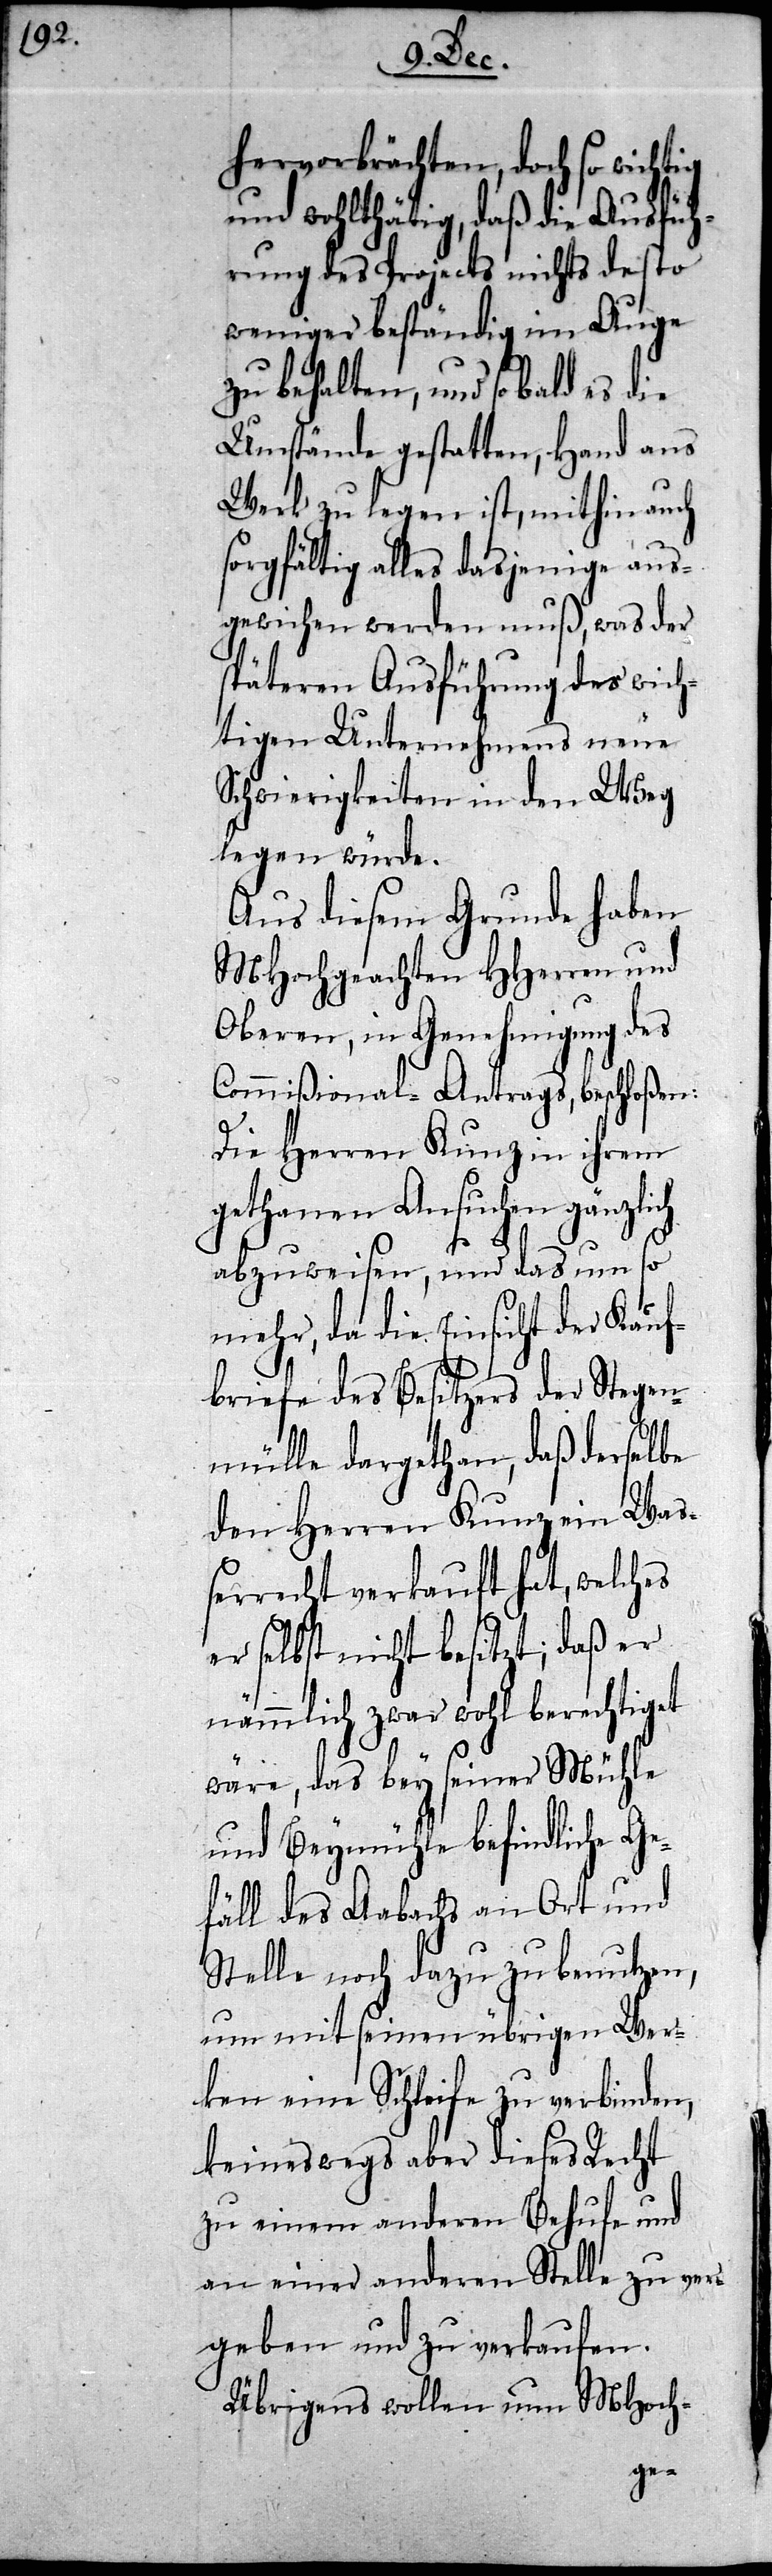
hervorbrächten, doch so wichtig
und wohlthätig, daß die Ausfüh¬
rung des Projects nichts desto
weniger beständig im Auge
zu behalten, und so bald es die
Umstände gestatten, Hand ans
Werk zu legen ist, mithin auch
sorgfältig alles dasjenige aus¬
gewichen werden muß, was der
späteren Ausführung des wich¬
tigen Unternehmens neue
Schwierigkeiten in den Weg
legen würde.
Aus diesem Grunde haben
MHochgeachten HHerren und
Oberen, in Genehmigung des
Commißional-Antrags, beschloßen:
Die Herren Kunz in ihrem
gethanen Ansuchen gänzlich
abzuweisen, und das umso
mehr, da die Einsicht der Kauf¬
briefe des Besitzers der Stegen¬
mülle dargethan, daß derselbe
den Herren Kunz ein Wa¬
ßerrecht verkauft hat, welches
er selbst nicht besitzt; daß er
nämmlich zwar wohl berechtiget
wäre, das bey seiner Mühle
und Beymühle befindliche Ge¬
fäll des Aabachs an Ort und
Stelle noch dazu zu benutzen,
um mit seinen übrigen Wer¬
ken eine Schleife zu verbinden,
keineswegs aber dieses Recht
zu einem anderen Behufe und
an einer anderen Stelle zu ver¬
geben und zu verkaufen.
Übrigens wollen nun MHoch-